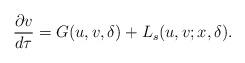
LaTeX: \begin{align*}\frac{\partial v}{d\tau}=G(u,v,\delta)+L_{s}(u,v;x,\delta).\end{align*}